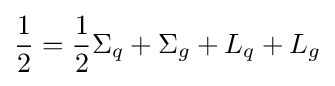
{\frac {1}{2}}={\frac {1}{2}}\Sigma _{q}+\Sigma _{g}+L_{q}+L_{g}